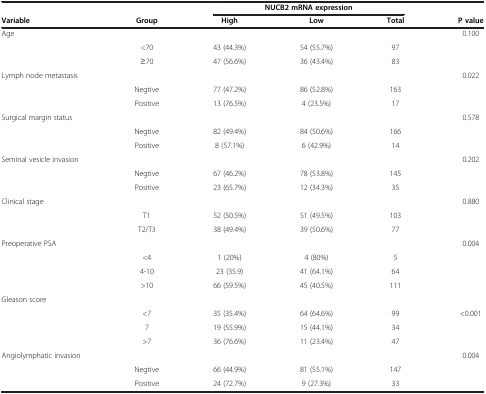
<table><thead><tr><td><b> </b></td><td><b> </b></td><td colspan="3"><b>NUCB2 mRNA expression</b></td><td><b> </b></td></tr><tr><td><b>Variable</b></td><td><b>Group</b></td><td><b>High</b></td><td><b>Low</b></td><td><b>Total</b></td><td><b>P value</b></td></tr></thead><tbody><tr><td>Age</td><td> </td><td> </td><td> </td><td> </td><td>0.100</td></tr><tr><td> </td><td>&lt;70</td><td>43 (44.3%)</td><td>54 (55.7%)</td><td>97</td><td> </td></tr><tr><td> </td><td>≥70</td><td>47 (56.6%)</td><td>36 (43.4%)</td><td>83</td><td> </td></tr><tr><td>Lymph node metastasis</td><td> </td><td> </td><td> </td><td> </td><td>0.022</td></tr><tr><td> </td><td>Negtive</td><td>77 (47.2%)</td><td>86 (52.8%)</td><td>163</td><td> </td></tr><tr><td> </td><td>Positive</td><td>13 (76.5%)</td><td>4 (23.5%)</td><td>17</td><td> </td></tr><tr><td>Surgical margin status</td><td> </td><td> </td><td> </td><td> </td><td>0.578</td></tr><tr><td> </td><td>Negtive</td><td>82 (49.4%)</td><td>84 (50.6%)</td><td>166</td><td> </td></tr><tr><td> </td><td>Positive</td><td>8 (57.1%)</td><td>6 (42.9%)</td><td>14</td><td> </td></tr><tr><td>Seminal vesicle invasion</td><td> </td><td> </td><td> </td><td> </td><td>0.202</td></tr><tr><td> </td><td>Negtive</td><td>67 (46.2%)</td><td>78 (53.8%)</td><td>145</td><td> </td></tr><tr><td> </td><td>Positive</td><td>23 (65.7%)</td><td>12 (34.3%)</td><td>35</td><td> </td></tr><tr><td>Clinical stage</td><td> </td><td> </td><td> </td><td> </td><td>0.880</td></tr><tr><td> </td><td>T1</td><td>52 (50.5%)</td><td>51 (49.5%)</td><td>103</td><td> </td></tr><tr><td> </td><td>T2/T3</td><td>38 (49.4%)</td><td>39 (50.6%)</td><td>77</td><td> </td></tr><tr><td>Preoperative PSA</td><td> </td><td> </td><td> </td><td> </td><td>0.004</td></tr><tr><td> </td><td>&lt;4</td><td>1 (20%)</td><td>4 (80%)</td><td>5</td><td> </td></tr><tr><td> </td><td>4-10</td><td>23 (35.9)</td><td>41 (64.1%)</td><td>64</td><td> </td></tr><tr><td> </td><td>&gt;10</td><td>66 (59.5%)</td><td>45 (40.5%)</td><td>111</td><td> </td></tr><tr><td>Gleason score</td><td> </td><td> </td><td> </td><td> </td><td> </td></tr><tr><td> </td><td>&lt;7</td><td>35 (35.4%)</td><td>64 (64.6%)</td><td>99</td><td>&lt;0.001</td></tr><tr><td> </td><td>7</td><td>19 (55.9%)</td><td>15 (44.1%)</td><td>34</td><td> </td></tr><tr><td> </td><td>&gt;7</td><td>36 (76.6%)</td><td>11 (23.4%)</td><td>47</td><td> </td></tr><tr><td>Angiolymphatic invasion</td><td> </td><td> </td><td> </td><td> </td><td>0.004</td></tr><tr><td> </td><td>Negtive</td><td>66 (44.9%)</td><td>81 (55.1%)</td><td>147</td><td> </td></tr><tr><td> </td><td>Positive</td><td>24 (72.7%)</td><td>9 (27.3%)</td><td>33</td><td> </td></tr></tbody></table>